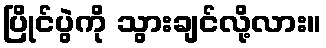
ပြိုင်ပွဲကို သွားချင်လို့လား။